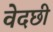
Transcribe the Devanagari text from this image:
वेदछी